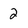
Character: 2